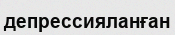
депрессияланған